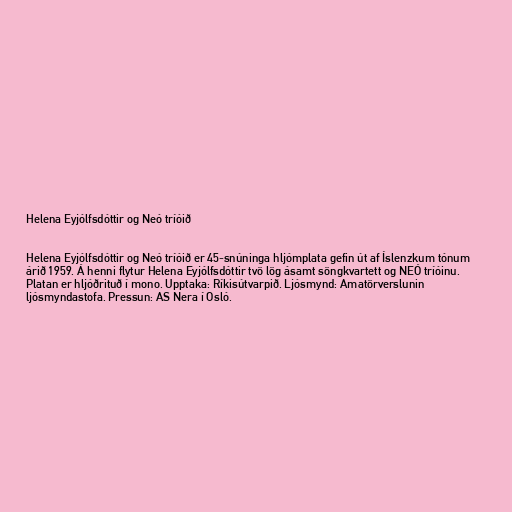
Helena Eyjólfsdóttir og Neó tríóið

Helena Eyjólfsdóttir og Neó tríóið er 45-snúninga hljómplata gefin út af Íslenzkum tónum
árið 1959. Á henni flytur Helena Eyjólfsdóttir tvö lög ásamt söngkvartett og NEÓ tríóinu.
Platan er hljóðrituð í mono. Upptaka: Ríkisútvarpið. Ljósmynd: Amatörverslunin
ljósmyndastofa. Pressun: AS Nera í Osló.